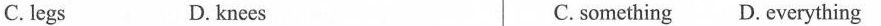
C. legs D. knees C. something D. everything